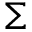
\boldsymbol { \Sigma }